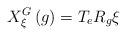
LaTeX: \begin{align*}X_{\xi }^{G}\left( g\right) =T_{e}R_{g}\xi \end{align*}